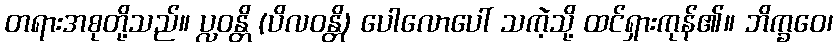
တရားအစုတို့သည်။ ပ္လဝန္တိ (ပိလဝန္တိ) ပေါလောပေါ် သကဲ့သို့ ထင်ရှားကုန်၏။ ဘိက္ခဝေ၊